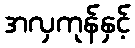
အလှကုန်နှင့်